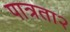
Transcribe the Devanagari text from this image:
पात्रता२